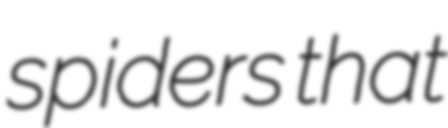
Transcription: spiders that